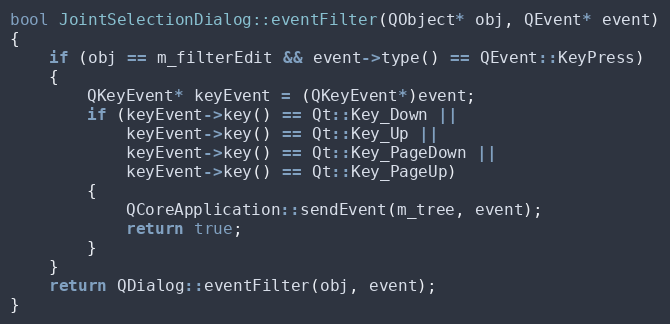
Language: C++
bool JointSelectionDialog::eventFilter(QObject* obj, QEvent* event)
{
	if (obj == m_filterEdit && event->type() == QEvent::KeyPress)
	{
		QKeyEvent* keyEvent = (QKeyEvent*)event;
		if (keyEvent->key() == Qt::Key_Down ||
		    keyEvent->key() == Qt::Key_Up ||
		    keyEvent->key() == Qt::Key_PageDown ||
		    keyEvent->key() == Qt::Key_PageUp)
		{
			QCoreApplication::sendEvent(m_tree, event);
			return true;
		}
	}
	return QDialog::eventFilter(obj, event);
}